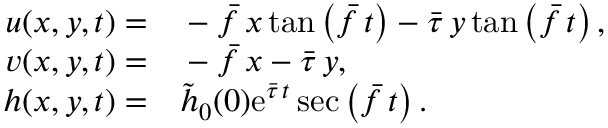
\begin{array} { r l } { u ( x , y , t ) = } & { { } - \bar { f } \, x \, \mathrm { t a n } \left( \bar { f } \, t \right) - \bar { \tau } \, y \, \mathrm { t a n } \left( \bar { f } \, t \right) , } \\ { v ( x , y , t ) = } & { { } - \bar { f } \, x - \bar { \tau } \, y , } \\ { h ( x , y , t ) = } & { { } \tilde { h } _ { 0 } ( 0 ) \mathrm { e } ^ { \bar { \tau } \, t } \sec \left( \bar { f } \, t \right) . } \end{array}